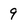
Character: 9